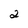
Character: 2